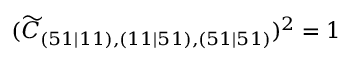
( \widetilde { C } _ { ( 5 1 \mid 1 1 ) , ( 1 1 \mid 5 1 ) , ( 5 1 \mid 5 1 ) } ) ^ { 2 } = 1